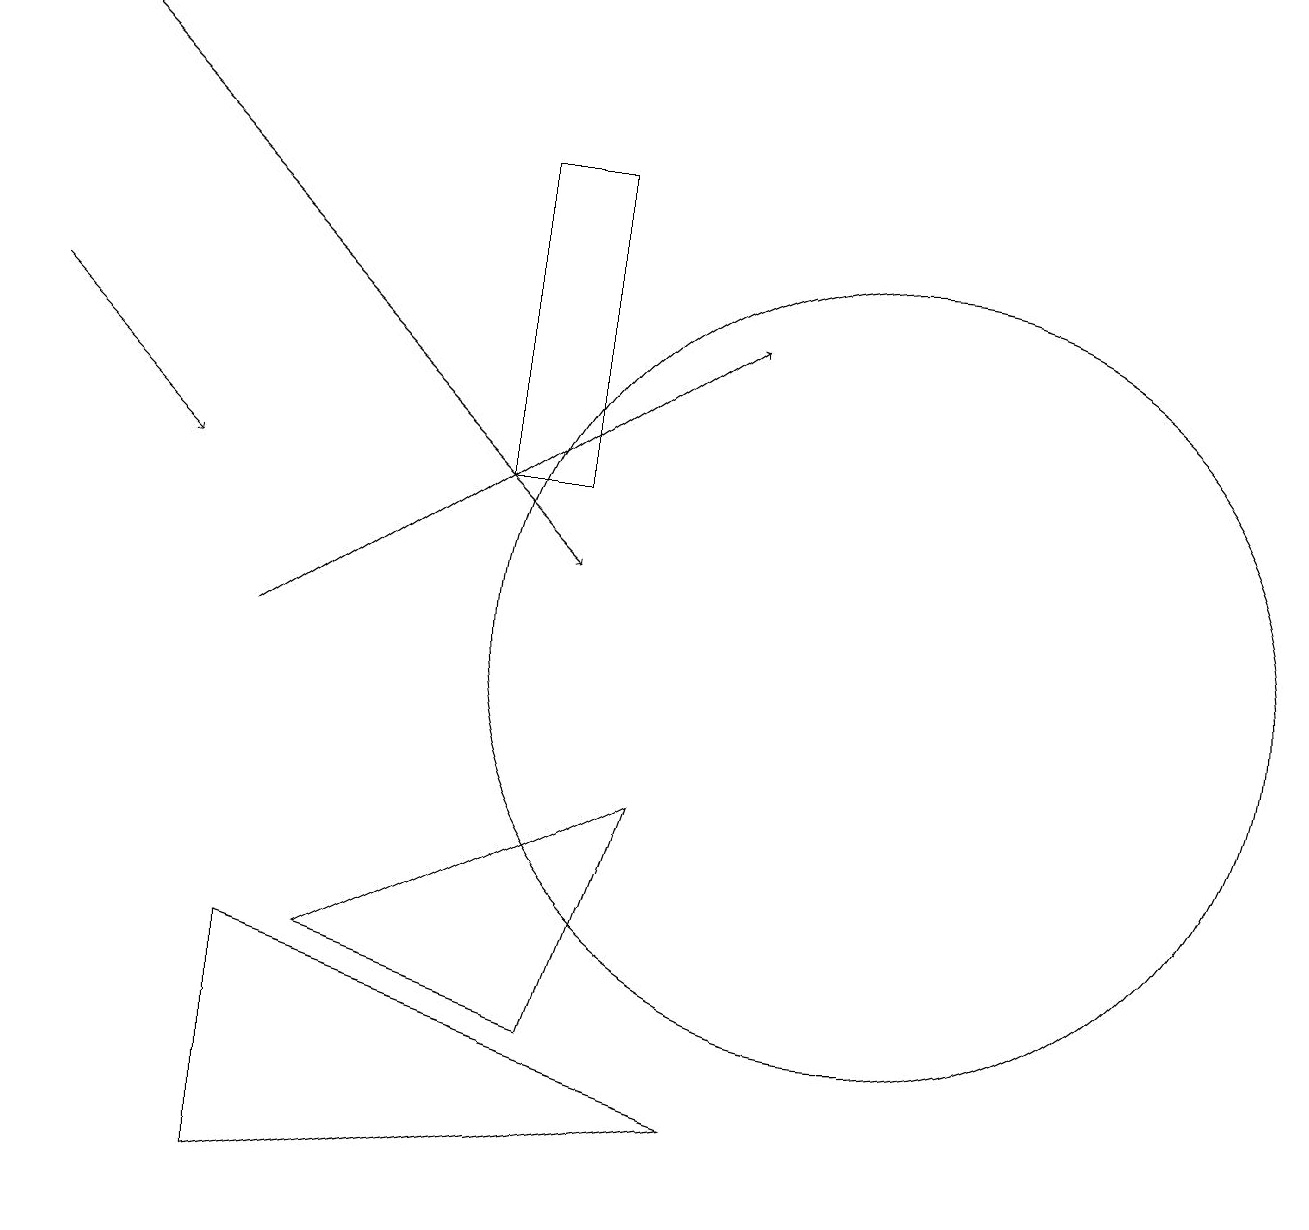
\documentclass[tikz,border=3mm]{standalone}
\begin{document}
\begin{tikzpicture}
\draw (3,4) -- (3,7) -- (9,5) -- cycle;
\draw[->] (0,15) -- (2,13);
\draw[->] (3,11) -- (9,15);
\draw (11,11) circle (5);
\draw (6,17) rectangle (7,13);
\draw[->] (0,19) -- (7,12);
\draw (5,19) rectangle (5,19);
\draw (8,9) -- (7,6) -- (4,7) -- cycle;
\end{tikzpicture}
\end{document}